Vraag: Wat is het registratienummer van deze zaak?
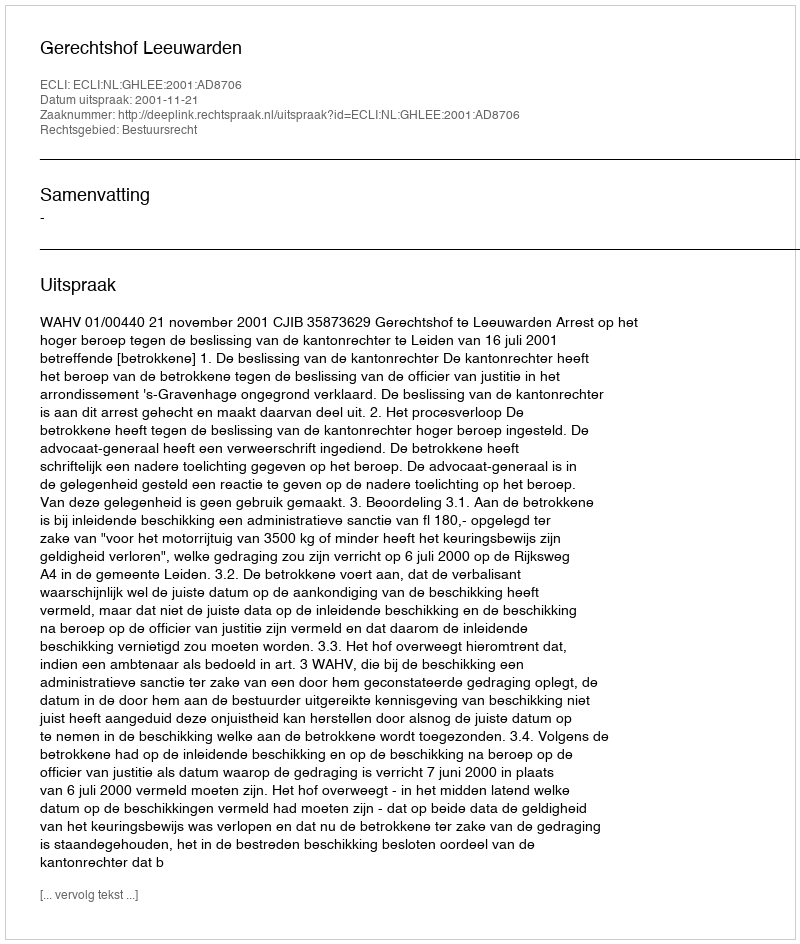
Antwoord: http://deeplink.rechtspraak.nl/uitspraak?id=ECLI:NL:GHLEE:2001:AD8706